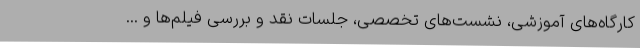
کارگاه‌های آموزشی، نشست‌های تخصصی، جلسات نقد و بررسی فیلم‌ها و ...